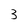
Character: 3